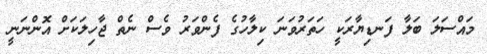
މައްސަލަ ބަލާ ފަނޑިޔާރަކީ ހަތަރުވަނަ ކިލާހުގެ ފެންވަރު ވެސް ނެތް ޖާހިލަކަށް އޮންނަނީ